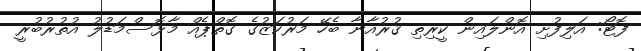
ފޮޓޯ: އަލިފުށި އޮންލައިން ކީރިތި ޤުރުއާނާ ބެހޭ މަރުކަޒުގެ ގޮތްޕެއް މާޅޮސްމަޑުލު އުތުރުބުރީ